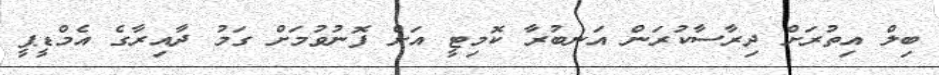
ބިލް އިތުރަށް ދިރާސާކުރަން އަނބުރާ ކޮމިޓީ އަށް ފޮނުވުމަށް ގަމު ދާއިރާގެ އެމްޑީޕީ